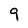
Character: 9